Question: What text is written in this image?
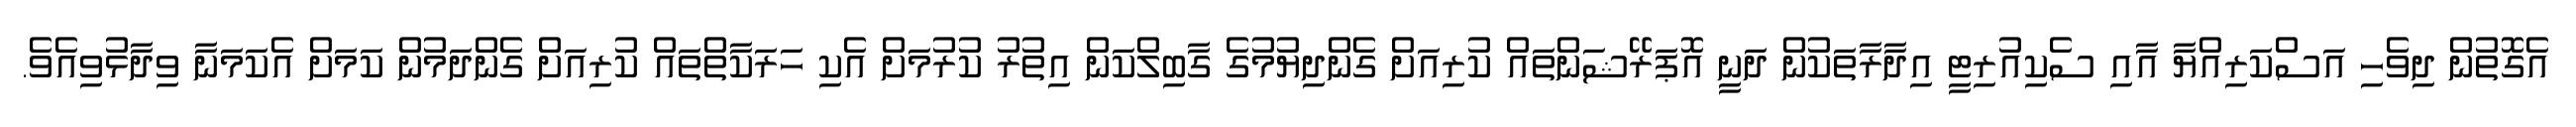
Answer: އެގޮތުން ދިވެހި އަސްކަރިއްޔާ އާއި ސެކިއުރިޓީ އިދާރާތަކުން ދަނީ އޮޕަރޭޝަންތައް ކުރިއަށް ގެންދިޔުމުގެ ގާބިލްކަން އިތުރު ކުރުމަށް އެކި ހަރަކާތްތައް ކުރިއަށް ގެންދަމުން ކަމަށް އެކަމަނާ ވިދާޅުވިއެވެ.